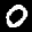
Label: 0